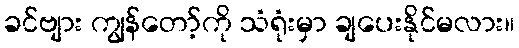
ခင်ဗျား ကျွန်တော့်ကို သံရုံးမှာ ချပေးနိုင်မလား။